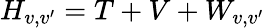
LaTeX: H_{v,v^{\prime}}=T+V+W_{v,v^{\prime}}